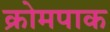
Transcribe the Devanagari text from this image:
क्रोमपाक